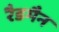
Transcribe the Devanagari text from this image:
रैडमैन